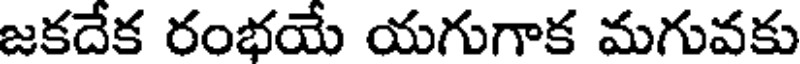
జకదేక రంభయే యగుగాక మగువకు